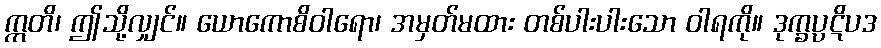
ဣတိ၊ ဤသို့လျှင်။ ယောကောစိဝါရော၊ အမှတ်မထား တစ်ပါးပါးသော ဝါရကို။ ဒုက္ခပ္ပဋိပဒ